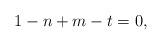
LaTeX: \begin{align*}1 - n + m - t = 0,\end{align*}